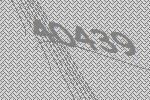
40439